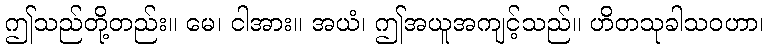
ဤသည်တို့တည်း။ မေ၊ ငါအား။ အယံ၊ ဤအယူအကျင့်သည်။ ဟိတသုခါသဝဟာ၊